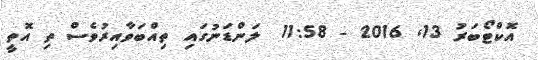
އޮކްޓޯބަރު 13